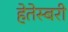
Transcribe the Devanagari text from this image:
हेतेस्बरी